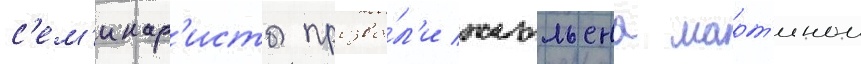
с'ем'инар'исты прозва́л'и жюльена март'ином